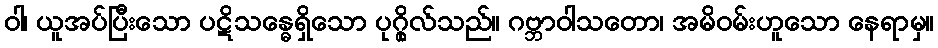
ဝါ၊ ယူအပ်ပြီးသော ပဋိသန္ဓေရှိသော ပုဂ္ဂိုလ်သည်။ ဂဗ္ဘာဝါသတော၊ အမိဝမ်းဟူသော နေရာမှ။